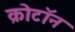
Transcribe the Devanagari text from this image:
क्रोटॉन